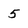
Character: 5